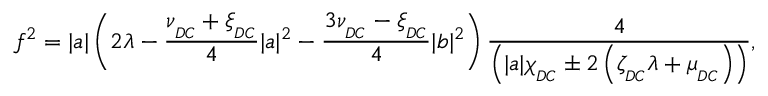
f ^ { 2 } = | a | \left( 2 \lambda - \frac { \nu _ { _ { D C } } + \xi _ { _ { D C } } } { 4 } | a | ^ { 2 } - \frac { 3 \nu _ { _ { D C } } - \xi _ { _ { D C } } } { 4 } | b | ^ { 2 } \right) \frac { 4 } { \left( | a | \chi _ { _ { D C } } \pm 2 \left( \zeta _ { _ { D C } } \lambda + \mu _ { _ { D C } } \right) \right) } ,